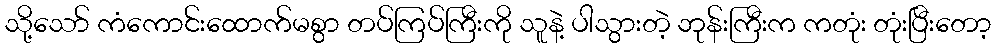
သို့သော် ကံကောင်းထောက်မစွာ တပ်ကြပ်ကြီးကို သူနဲ့ ပါသွားတဲ့ ဘုန်းကြီးက ကတုံး တုံးပြီးတော့